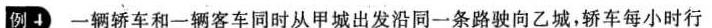
例4 一辆轿车和一辆客车同时从甲城出发沿同一条路驶向乙城，轿车每小时行